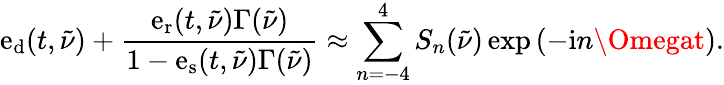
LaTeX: \mathrm{e}_{\mathrm{{d}}}(t,\tilde{{\nu}})+\frac{{\mathrm{e}_{\mathrm{{r}}}(t,\tilde{{\nu}})\Gamma(\tilde{{\nu}})}}{{1-\mathrm{e}_{\mathrm{{s}}}(t,\tilde{{\nu}})\Gamma(\tilde{{\nu}})}}\approx\sum_{n=-4}^{4}S_{n}(\tilde{{\nu}})\exp\left({-\mathrm{{i}}n\Omegat}\right).